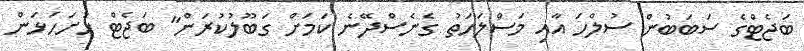
ބަޖެޓްގެ ސަބަބުން ސުލްހަ އާއި މަސްލަހަތު ގެނެސްދޭނެ ކަމަށް ގަބޫލުކުރަން" ބަޖެޓް ހުށަހަޅަން